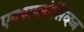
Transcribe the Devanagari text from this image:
एक्सप्लोसिव्ह्ज